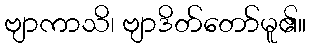
ဗျာကာသိ၊ ဗျာဒိတ်တော်မူ၏။